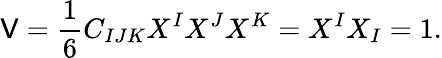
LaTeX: {\mathsf{V}}={\frac{{1}}{{6}}}C_{IJK}X^{I}X^{J}X^{K}=X^{I}X_{I}=1.